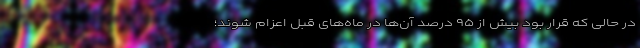
در حالی که قرار بود بیش از ۹۵ درصد آن‌ها در ماه‌های قبل اعزام شوند؛